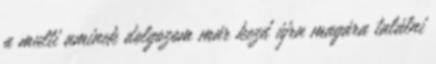
a multi aminek dolgozom már kezd újra magára találni